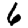
Digit: 6